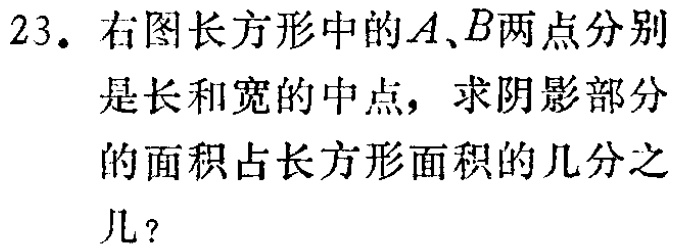
23. 右图长方形中的\(A、B\)两点分别是长和宽的中点，求阴影部分的面积占长方形面积的几分之几？